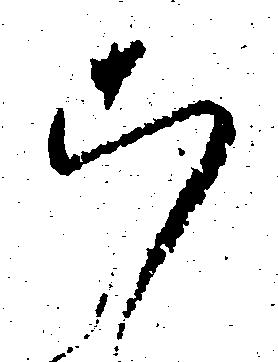
こ